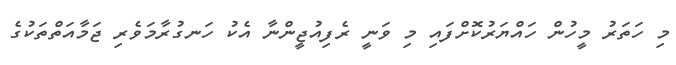
މި ހަތަރު މީހުން ހައްޔަރުކޮށްފައި މި ވަނީ ރެފިއުޖީންނާ އެކު ހަނގުރާމަވެރި ޖަމާއަތްތަކުގެ